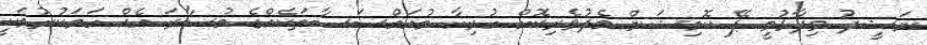
ނަޝީދު ވިދާޅުވީ ޕޭ ކޮމިޝަން މެދުވެރިކޮށް ހުރިހާ މުއައްސަސާތަކެއްގެ މުސާރަ އެއް ހަމަކުރުމަކީ